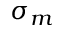
\sigma _ { m }